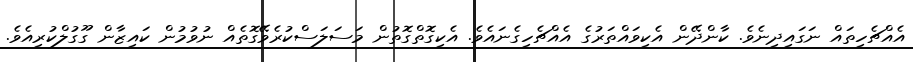
އެއްޗެހިތައް ނަގައިދިނެވެ. ކާންދޭން އެކިވައްތަރުގެ އެއްޗެހިގެނައެވެ. އެކިގޮތްގޮތުން މަސަލަސްކުރެވޭގޮތެއް ނުވުމުން ކައިޒާން ގޫގުލްކުރިއެވެ.